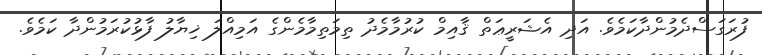
ފުރަގަސްދެމުންދާކަމެވެ. އަދި އެޝަރީޢަތް ޤާއިމް ކުރުމާމެދު ތިމަތިމާމެންގެ އަމިއްލަ ޚިޔާލު ފާޅުކުރަމުންދާ ކަމެވެ.